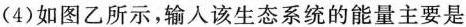
(4)如图乙所示，输入该生态系统的能量主要是